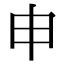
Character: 申